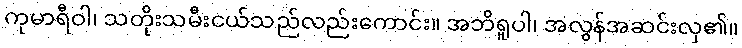
ကုမာရီဝါ၊ သတိုးသမီးငယ်သည်လည်းကောင်း။ အဘိရူပါ၊ အလွန်အဆင်းလှ၏။